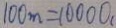
1 0 0 m = 1 0 0 0 0 _ { 1 }